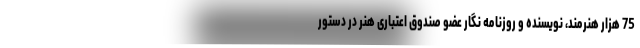
75 هزار هنرمند، نویسنده و روزنامه نگار عضو صندوق اعتباری هنر در دستور